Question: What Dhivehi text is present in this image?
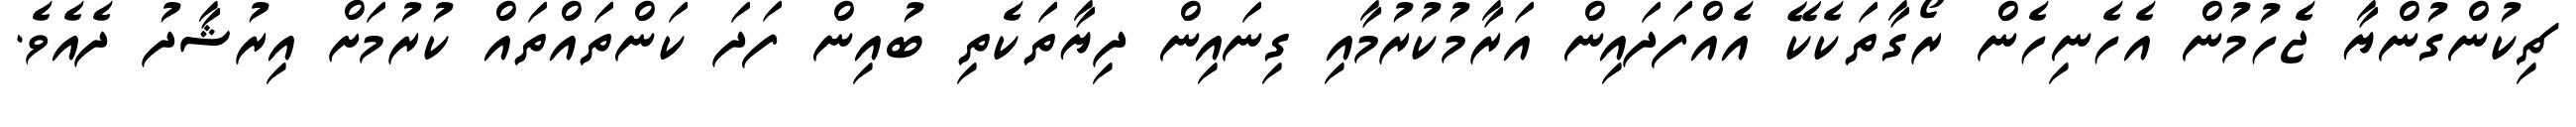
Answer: ޗިކުންގުންޔާ ޖެހުމުން އެހެނިހެން ރޯގާތަކެކޭ އެއްފަދައިން އަރާމުކުރުމާއި ގިނައިން ދިޔާތަކެތި ބުއިން ފަދަ ކަންތައްތައް ކުރުމަށް އިރުޝާދު ދެއެވެ.